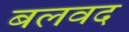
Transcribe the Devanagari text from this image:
बलवद